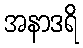
အနာဒရိ